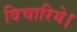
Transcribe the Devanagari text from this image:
विचारिये।